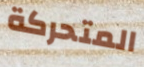
المتحركة